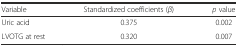
<table><thead><tr><td><b>Variable</b></td><td><b>Standardized coefficients (<i>β</i>)</b></td><td><b><i>p</i> value</b></td></tr></thead><tbody><tr><td>Uric acid</td><td>0.375</td><td>0.002</td></tr><tr><td>LVOTG at rest</td><td>0.320</td><td>0.007</td></tr></tbody></table>